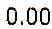
0.00